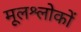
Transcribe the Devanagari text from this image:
मूलश्लोकों